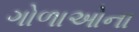
ગોળાઓના